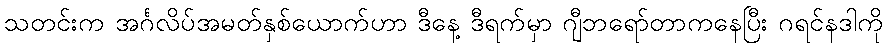
သတင်းက အင်္ဂလိပ်အမတ်နှစ်ယောက်ဟာ ဒီနေ့ ဒီရက်မှာ ဂျီဘရော်တာကနေပြီး ဂရင်နဒါကို